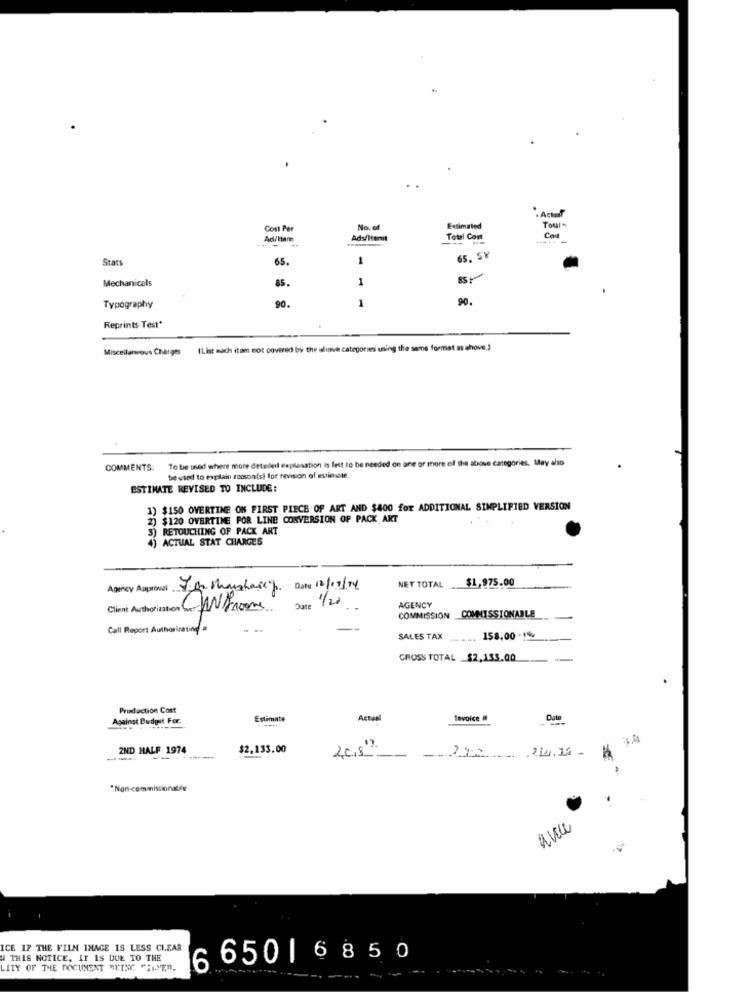
Cost Per
No. of
Estimated
Toul
- -
Ad/Item
Total Cost
.....
Stats
65.
1
65. S¥
Mechanicals
85.
1
90.
1
90.
Typography
Reprints Test*
Miscellaneous Charges
(List mach itom not covered by the aline categories using the same format as ahove ,?
To be used where more deteileil explanation is felt to be needed on one or more of the above categories. May also
COMMENTS:
be used to explain rocsontst for revision of estimate.
ESTIMATE REVISED TO INCLUDE:
1) $150 OVERTIME ON FIRST PIECE OF ART AND $400 for ADDITIONAL SIMPLIFIED VERSION
2) $120 OVERTIME FOR LINE CONVERSION OF PACK AKT
3) RETOUCHING OF PACK ART
4) ACTUAL STAT CHARGES
$1,975.00
Agency Approval
For Mushasep. Date 12/11/14
NET TOTAL
Date 1/20
AGENCY
COMMISSION COMMISSIONABLE
Call Report Authorirating #
SALES TAX
.... 158,00 -14
GROSS TOTAL $2,133.00
Pruduction Cost
Against Budget For.
Estimate
Actua
Sovoice #
2ND HALF 1974
$2,133.00
2018
*Non-commissionally
ICE IF THE FILM IMAGE IS LESS CLEAR
THIS NOTICE, IT IS DUE TO THE
6 650 | 6850
LITY OF THE DOCUMENT MEINE "HAYEn.